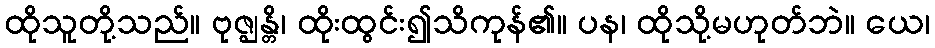
ထိုသူတို့သည်။ ဗုဇ္ဈန္တိ၊ ထိုးထွင်း၍သိကုန်၏။ ပန၊ ထိုသို့မဟုတ်ဘဲ။ ယေ၊